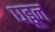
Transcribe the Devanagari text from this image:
घड्वून